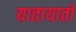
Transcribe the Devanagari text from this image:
यातायातों